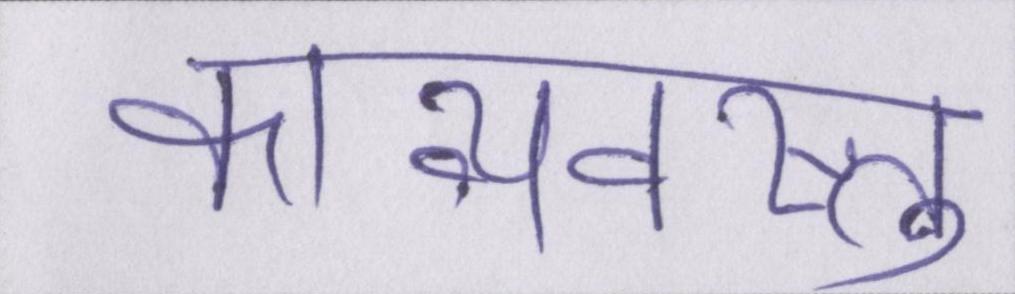
काव्यवस्तु